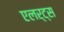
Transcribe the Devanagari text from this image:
एलर्ट्स